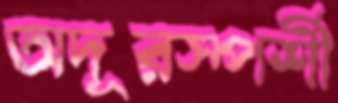
অদূরস্পর্শী